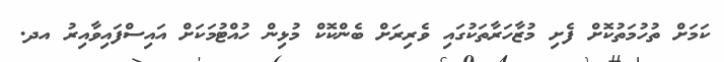
ކަމަށް ތުހުމަތުކޮށް ފެށި މުޒާހަރާތަކުގައި ވެރިރަށް ބެންކޮކް މުޅިން ހުއްޓުމަކަށް އައިސްފައިވާއިރު އދ.